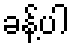
ခန့်ပါ